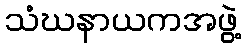
သံဃနာယကအဖွဲ့